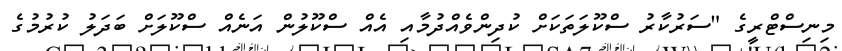
މިނިސްޓްރީގެ "ސަރުކާރު ސްކޫލަތަކަށް ކުދިންވެއްދުމާއި އެއް ސްކޫލުން އަނެއް ސްކޫލަށް ބަދަލު ކުރުމުގެ